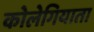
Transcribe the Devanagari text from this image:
कोलेगियाता